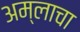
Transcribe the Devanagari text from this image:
अम्‍लाचा